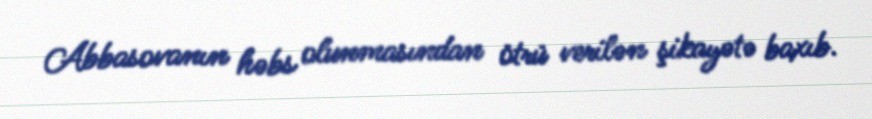
Abbasovanın həbs olunmasından ötrü verilən şikayətə baxıb.